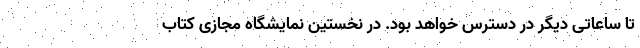
تا ساعاتی دیگر در دسترس خواهد بود. در نخستین نمایشگاه مجازی کتاب